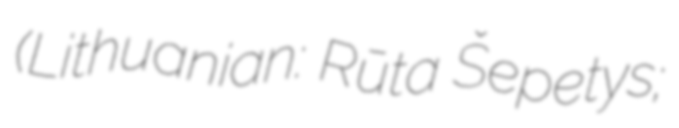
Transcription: (Lithuanian: Rūta Šepetys;